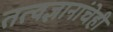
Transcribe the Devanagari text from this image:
तत्वज्ञानांचेही